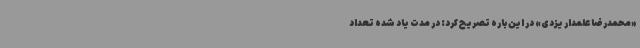
«محمدرضا علمدار یزدی» در این باره تصریح کرد: در مدت یاد شده تعداد